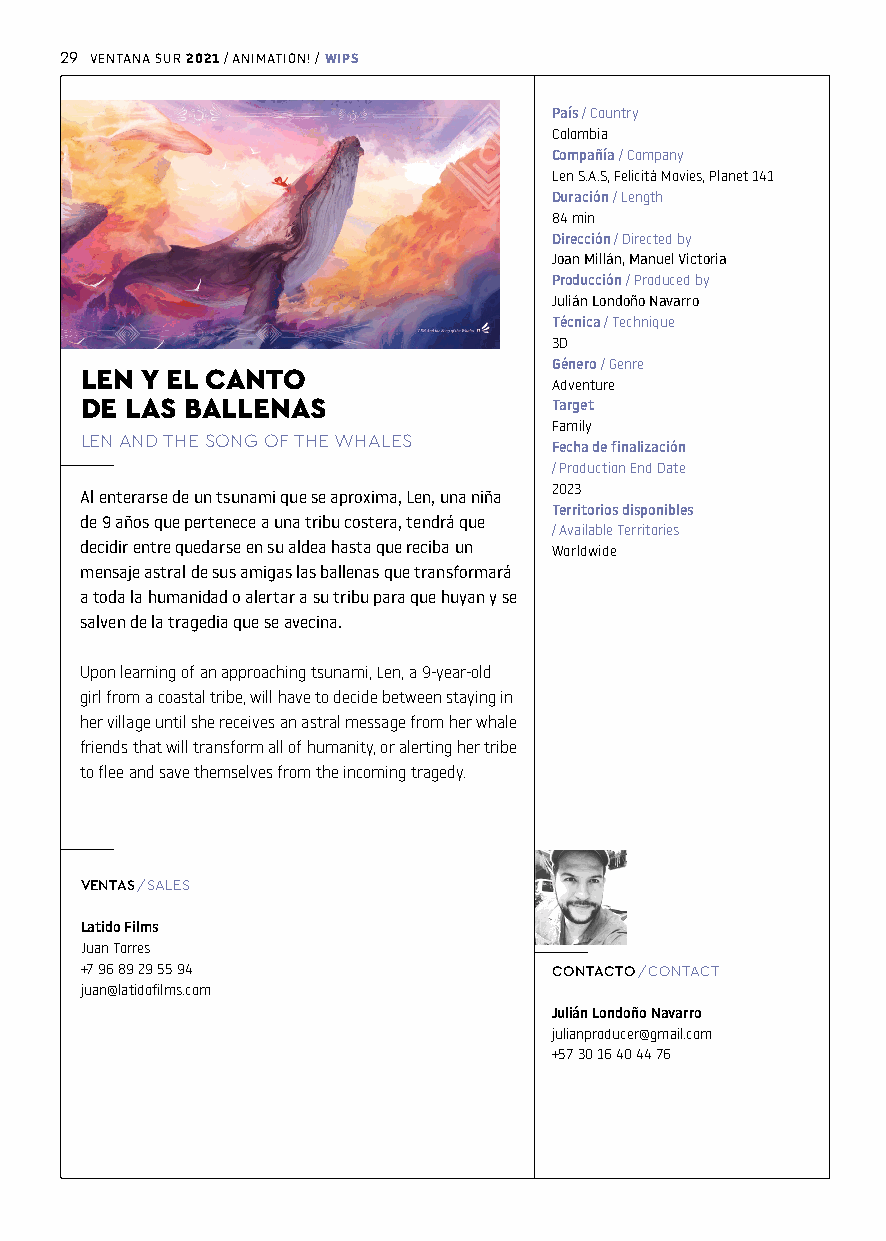
29 VENTANA SUR / ANIMATION! /
 2021     WIPS
 País / Country
 Colombia
 Compañía / Company
 Len S.A.S, Felicitá Movies, Planet 141
 Duración / Length
 84 min
 Dirección / Directed by
 Joan Millán, Manuel Victoria
 Producción / Produced by
 Julián Londoño Navarro
 Técnica / Technique
 3D
 Género / Genre
 LEN Y EL CANTO
 Adventure
 DE LAS BALLENAS                 Target
 Family
 LEN AND THE SONG OF THE WHALES
 Fecha de finalización
 / Production End Date
 2023
 Al enterarse de un tsunami que se aproxima, Len, una niña
 Territorios disponibles
 de 9 años que pertenece a una tribu costera, tendrá que
 / Available Territories
 decidir entre quedarse en su aldea hasta que reciba un Worldwide
 mensaje astral de sus amigas las ballenas que transformará
 a toda la humanidad o alertar a su tribu para que huyan y se
 salven de la tragedia que se avecina.
 Upon learning of an approaching tsunami, Len, a 9-year-old
 girl from a coastal tribe, will have to decide between staying in
 her village until she receives an astral message from her whale
 friends that will transform all of humanity, or alerting her tribe
 to flee and save themselves from the incoming tragedy.
 VENTAS / SALES
 Latido Films
 Juan Torres
 +7 96 89 29 55 94               CONTACTO / CONTACT
 juan@latidofilms.com
 Julián Londoño Navarro
 julianproducer@gmail.com
 +57 30 16 40 44 76